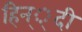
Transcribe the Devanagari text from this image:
हिन््दी